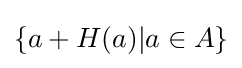
\{a+H(a)|a\in A\}